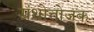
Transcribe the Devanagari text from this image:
ग्रंथोत्तोजक